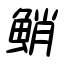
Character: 鮹